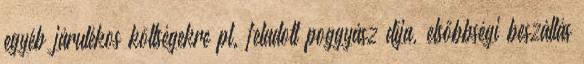
egyéb járulékos költségekre pl. feladott poggyász díja, elsőbbségi beszállás